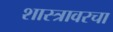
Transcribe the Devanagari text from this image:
शास्त्रावरचा